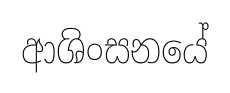
ආශිංසනයේ